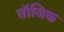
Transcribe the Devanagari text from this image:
तॉजिक